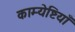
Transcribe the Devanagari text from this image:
काम्येष्टियाँ